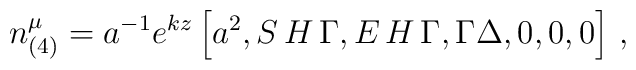
n^{\mu}_{(4)}=a^{-1}e^{kz}\left[ a^2,S\,H\,{\Gamma},E\,H\,{\Gamma},\Gamma\Delta,0,0,0 \right]\,,